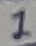
Text: 1